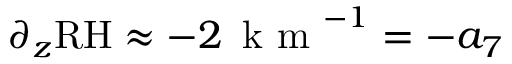
\partial _ { z } \mathrm { R H } \approx - 2 \, \mathrm { ~ k ~ m ~ } ^ { - 1 } = - a _ { 7 }